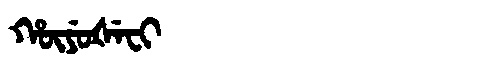
Manchu: ᡥᡡᠶᡠᡧᡝᠸᡳ
Romanization: HŪYUŠEFI